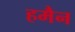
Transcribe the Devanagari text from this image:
हमैन